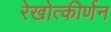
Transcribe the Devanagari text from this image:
रेखोत्कीर्णन